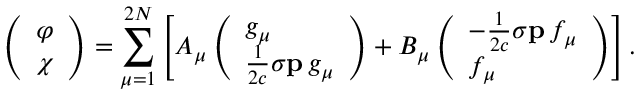
\left( \begin{array} { l } { \varphi } \\ { \chi } \end{array} \right) = \sum _ { \mu = 1 } ^ { 2 N } \left[ A _ { \mu } \left( \begin{array} { l } { g _ { \mu } } \\ { \frac { 1 } { 2 c } \boldsymbol { \sigma } \mathbf { p } \, g _ { \mu } } \end{array} \right) + B _ { \mu } \left( \begin{array} { l } { - \frac { 1 } { 2 c } \boldsymbol { \sigma } \mathbf { p } \, f _ { \mu } } \\ { f _ { \mu } } \end{array} \right) \right] .